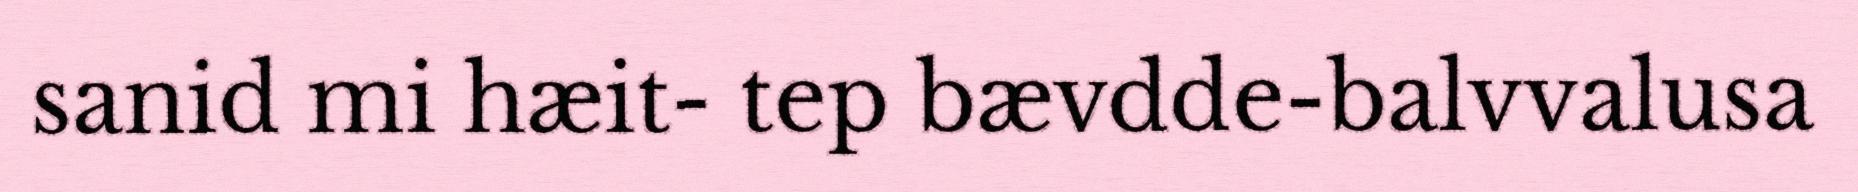
sanid mi hæit- tep bævdde-balvvalusa